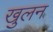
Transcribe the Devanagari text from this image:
खुलन